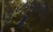
મૂળજીભાઇ